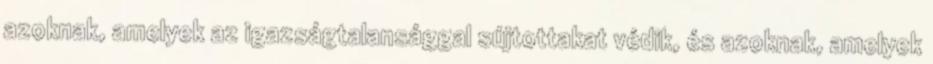
azoknak, amelyek az igazságtalansággal sújtottakat védik, és azoknak, amelyek